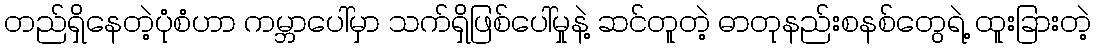
တည်ရှိနေတဲ့ပုံစံဟာ ကမ္ဘာပေါ်မှာ သက်ရှိဖြစ်ပေါ်မှုနဲ့ ဆင်တူတဲ့ ဓာတုနည်းစနစ်တွေရဲ့ ထူးခြားတဲ့